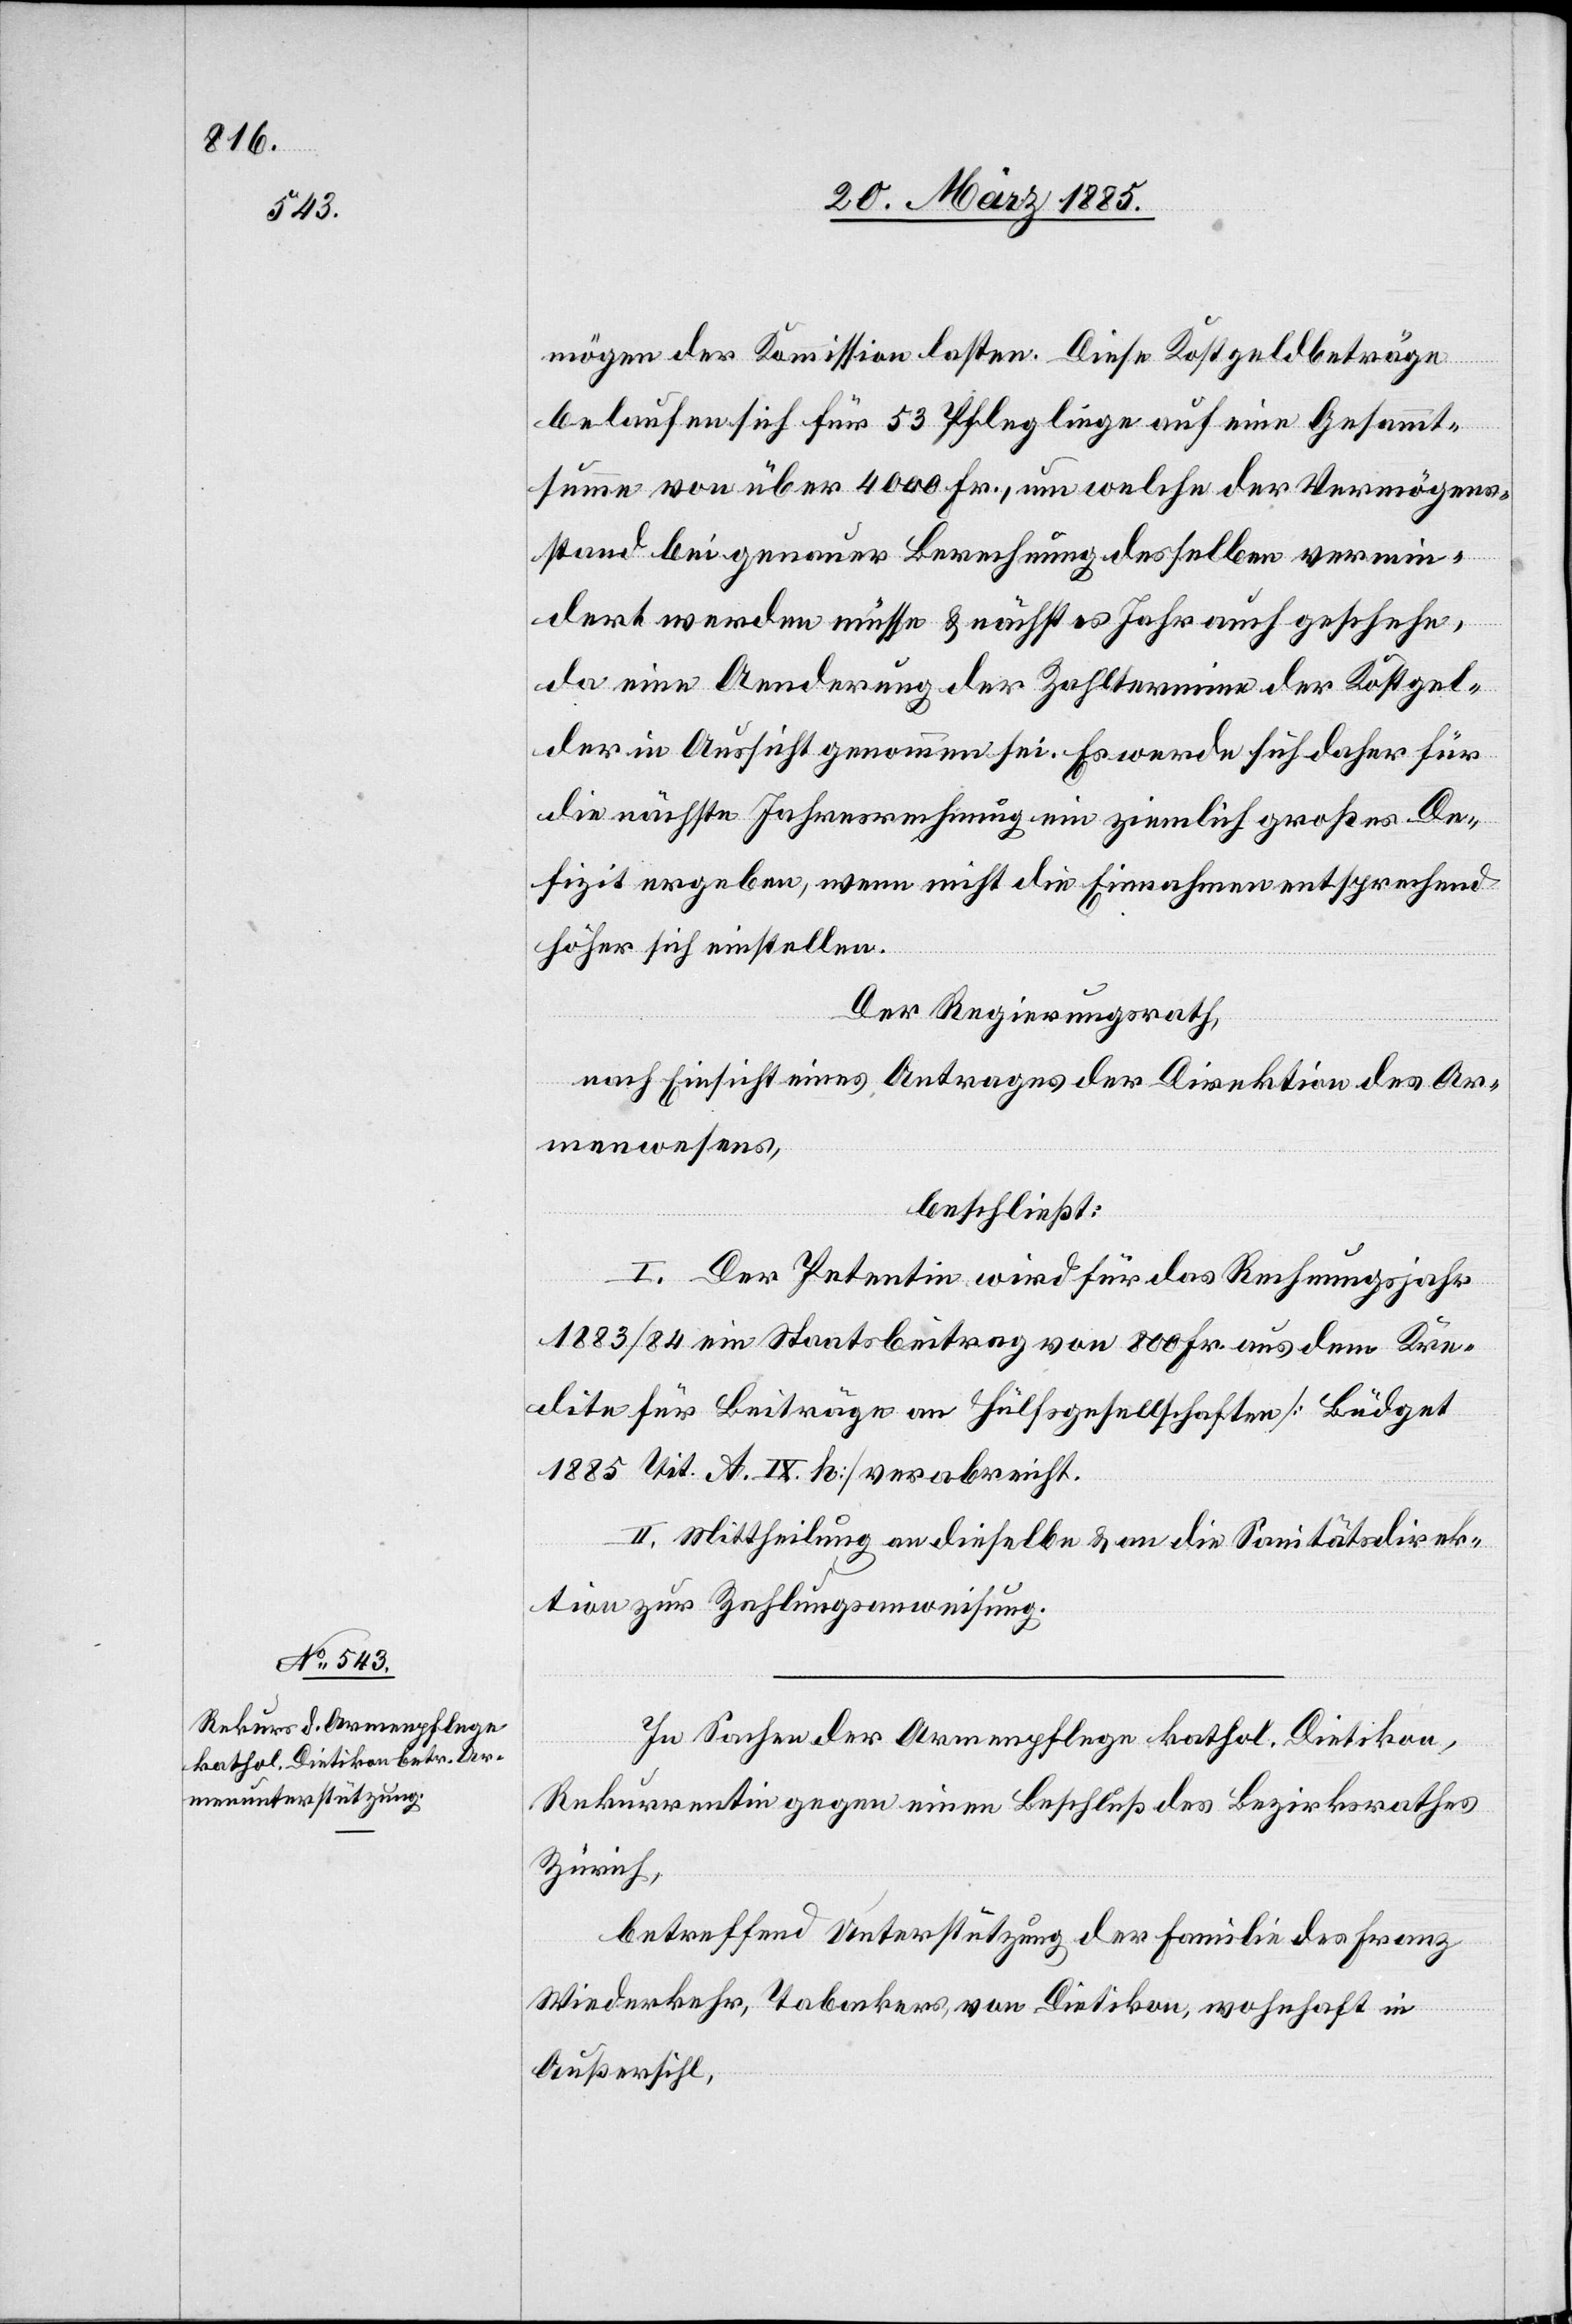
mögen der Kommission lasten. Diese Kostgeldbeträge
belaufen sich für 53 Pfleglinge auf eine Gesamt¬
summe von über 4000 Fr., um welche der Vermögens¬
stand bei genauer Berechnung desselben vermin¬
dert werden müsse & nächstes Jahr auch geschehe,
da eine Aenderung der Zahltermine der Kostgel¬
der in Aussicht genommen sei. Es werde sich daher für
die nächste Jahresrechnung ein ziemlich großes De¬
fizit ergeben, wenn nicht die Einnahmen entsprechend
höher sich einstellen.
Der Regierungsrath,
nach Einsicht eines Antrages der Direktion des Ar¬
menwesens,
beschließt:
I. Der Petentin wird für das Rechnungsjahr
1883/84 ein Staatsbeitrag von 800 Fr. aus dem Kre¬
dite für Beiträge an Hülfsgesellschaften [Büdget
1885 Tit. A. IX. h.] verabreicht.
II. Mittheilung an dieselbe & an die Sanitätsdirek¬
tion zur Zahlungsanweisung.
In Sachen der Armenpflege kathol. Dietikon,
Rekurrentin gegen einen Beschluß des Bezirksrathes
Zürich,
betreffend Unterstützung der Familie des Franz
Wiederkehr, Tabakers, von Dietikon, wohnhaft in
Außersihl,